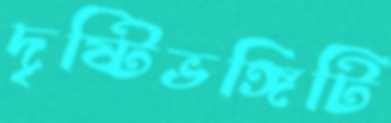
দৃষ্টিভঙ্গিটি